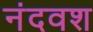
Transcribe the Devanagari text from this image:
नंदवश